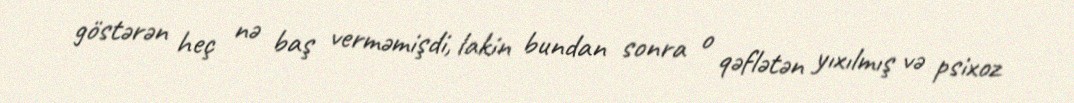
göstərən heç nə baş verməmişdi, lakin bundan sonra o qəflətən yıxılmış və psixoz